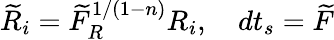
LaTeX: \widetilde{R}_{i}=\widetilde{F}_{R}^{1/(1-n)}R_{i},\quad dt_{s}=\widetilde{F}